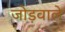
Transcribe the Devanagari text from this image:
जोड़वाले